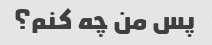
پس من چه کنم؟